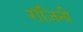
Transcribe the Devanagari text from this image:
रॉज़िनी